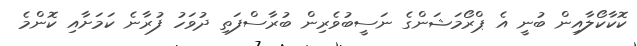
ކޮކާކޯލާއިން ބުނީ އެ ޕްރޯމަޝަންގެ ނަސީބުވެރިން ބުރާސްފަތި ދުވަހު ފުރާނެ ކަމަށާއި ކޮންމެ